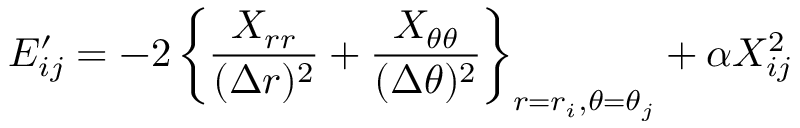
E _ { i j } ^ { \prime } = - 2 \left\{ \frac { X _ { r r } } { ( \Delta r ) ^ { 2 } } + \frac { X _ { \theta \theta } } { ( \Delta \theta ) ^ { 2 } } \right\} _ { r = r _ { i } , \theta = \theta _ { j } } + \alpha X _ { i j } ^ { 2 }